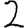
Digit: 2